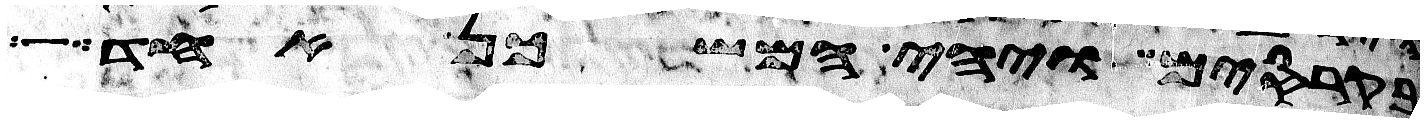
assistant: בקרסים ויהי המשכן אחד